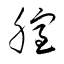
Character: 腟